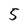
Character: 5